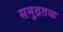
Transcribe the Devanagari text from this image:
समुद्रतळ